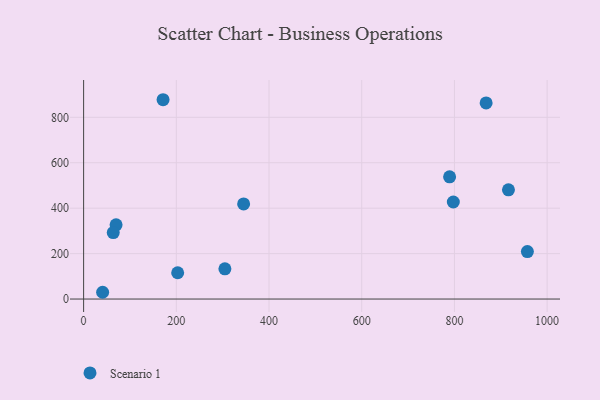
{"axis": {"x": "Ad Spend", "y": "Fuel Efficiency"}, "legend": ["Scenario 1"], "data": [{"x": "345.2", "y": 418.5, "type": "Scenario 1"}, {"x": "957.4", "y": 208.9, "type": "Scenario 1"}, {"x": "70.0", "y": 326.5, "type": "Scenario 1"}, {"x": "41.0", "y": 29.8, "type": "Scenario 1"}, {"x": "202.9", "y": 115.7, "type": "Scenario 1"}, {"x": "171.4", "y": 877.4, "type": "Scenario 1"}, {"x": "916.6", "y": 480.9, "type": "Scenario 1"}, {"x": "63.9", "y": 292.6, "type": "Scenario 1"}, {"x": "868.4", "y": 863.3, "type": "Scenario 1"}, {"x": "797.6", "y": 427.2, "type": "Scenario 1"}, {"x": "304.8", "y": 132.9, "type": "Scenario 1"}, {"x": "789.6", "y": 537.9, "type": "Scenario 1"}]}